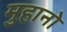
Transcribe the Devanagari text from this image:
मुहानो